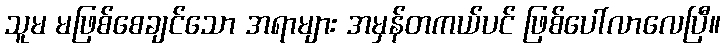
သူမ မဖြစ်စေချင်သော အရာများ အမှန်တကယ်ပင် ဖြစ်ပေါ်လာလေပြီ။